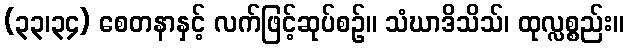
(၃၃၊၃၄) စေတနာနှင့် လက်ဖြင့်ဆုပ်စဉ်။ သံဃာဒိသိသ်၊ ထုလ္လစ္စည်း။